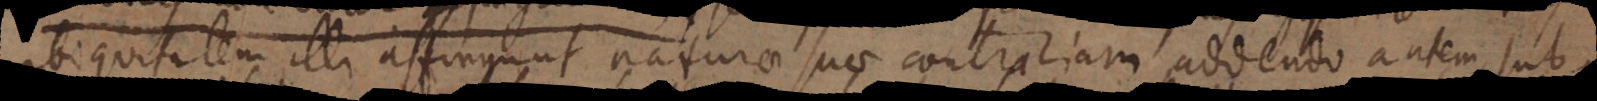
ubiquitatem illi affingunt naturae suae contrariam, addendo autem sub